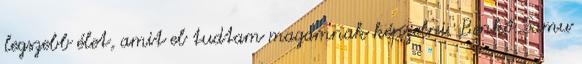
legszebb élet, amit el tudtam magamnak képzelni. Benkő Samu